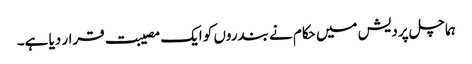
ہماچل پردیش میں حکام نے بندروں کو ایک مصیبت قرار دیا ہے۔